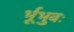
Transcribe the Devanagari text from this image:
र्भूभुवः